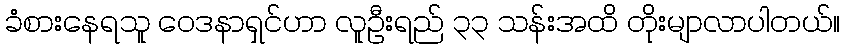
ခံစားနေရသူ ဝေဒနာရှင်ဟာ လူဦးရည် ၃၃ သန်းအထိ တိုးမျာလာပါတယ်။